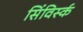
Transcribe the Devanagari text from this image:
सिंविर्स्क